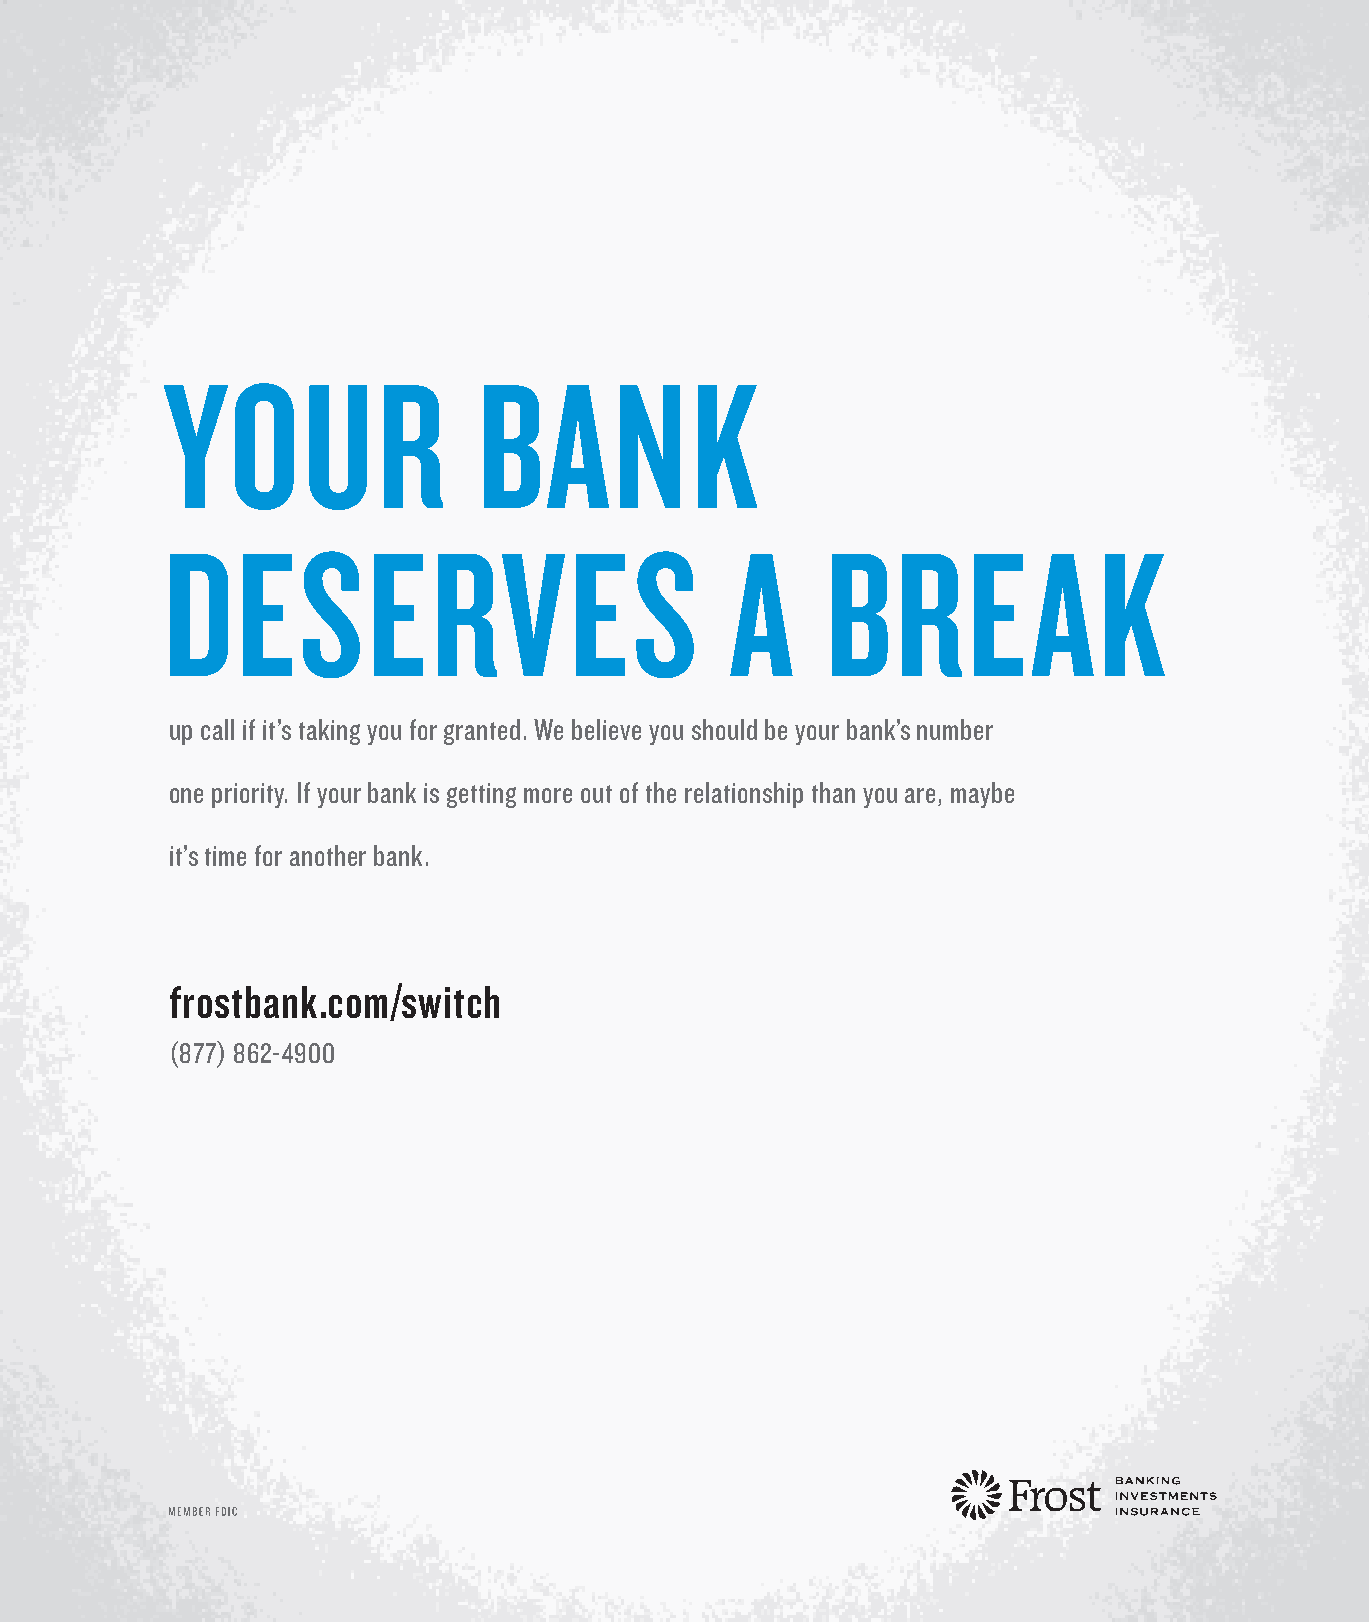
YOUR                 BANK
 DESERVES                             A      BREAK
 up call if it’s taking you for granted. We believe you should be your bank’s number
 one priority. If your bank is getting more out of the relationship than you are, maybe
 it’s time for another bank.
 frostbank .com/switch
 (877) 862-4900